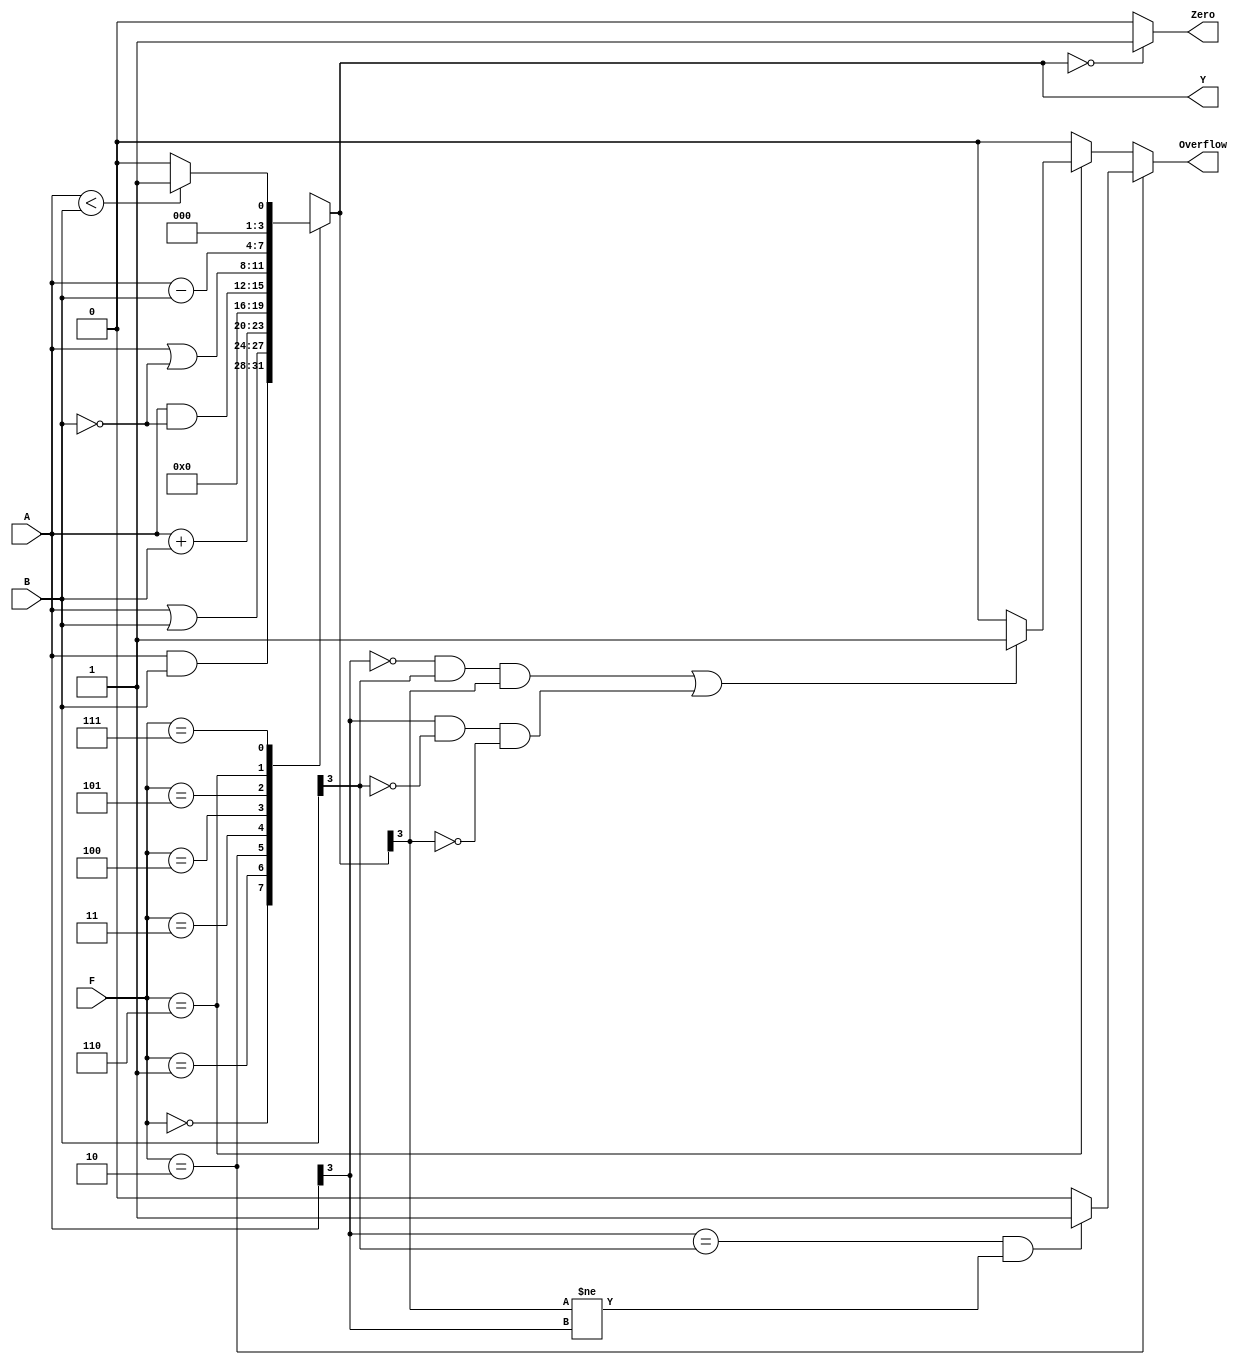
module _2050_ALU #(parameter W=4)
(input [W-1:0] A, input [W-1:0] B,//
 input [2:0] F,//
 output reg [W-1:0] Y,//
 output reg Overflow,//
output reg Zero);//0

always @(*)
begin
    case(F)
        3'b000: Y = A & B; //A AND B 
        3'b001: Y = A | B; //A OR B
        3'b010: begin		//
						Y= A + B;
						//
						//Overflow = (A[W-1] == B[W-1] && Y[W-1] != A[W-1])? 1: 0; 
					 end
        3'b011: Y = 0; //not used
        3'b100: Y = A & ~B; //A AND ~B
        3'b101: Y = A | ~B; //A OR ~B
        3'b110: begin
						Y= A - B;
						//
						//
						//Overflow = ( (A[W-1] == 0 && B[W-1] == 1 && Y[W-1] ==1) || (A[W-1] == 1 && B[W-1] == 0 && Y[W-1] ==0) )? 1: 0; 
					 end
        3'b111: begin 			// SLTSet on Less Than
							if (A < B) 
             		   Y = 1;
           		      else 
            		   Y = 0;
      	       end
		  default: Y = 0;
    endcase
end

always @(*)
begin
Zero = (Y == 0)? 1 : 0 ;// Y==0  Zero  1  0
if(F==3'b010)
Overflow = (A[W-1] == B[W-1] && Y[W-1] != A[W-1])? 1: 0; 
else if(F==3'b110)
Overflow = ( (A[W-1] == 0 && B[W-1] == 1 && Y[W-1] ==1) || (A[W-1] == 1 && B[W-1] == 0 && Y[W-1] ==0) )? 1: 0; 
else Overflow=0;
end
endmodule